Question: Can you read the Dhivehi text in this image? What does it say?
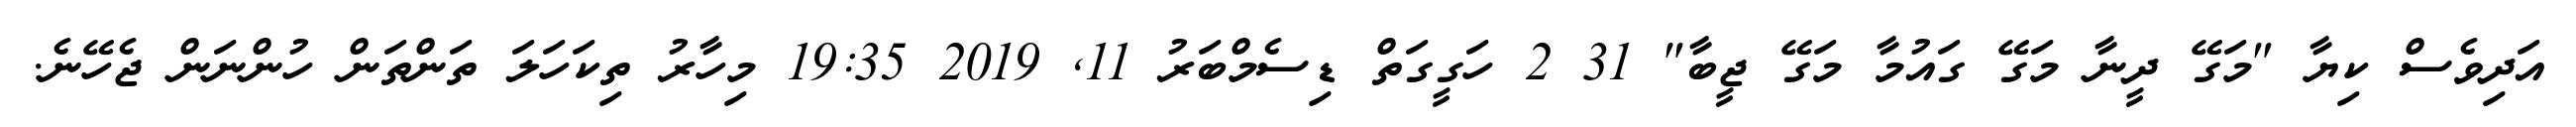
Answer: އަދިވެސް ކިޔާ "މަގޭ ދީނާ މަގޭ ގައުމާ މަގޭ ޖީބާ" 31 2 ހަގީގަތް ޑިސެމްބަރު 11, 2019 19:35 މިހާރު ތިކަހަލަ ތަންތަން ހުންނަން ޖެހޭނެ.